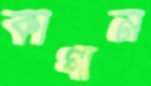
কাগান